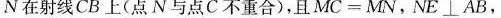
N在射线CB上(点N与点C不重合)，且$$M C = M N$$，$$N E \bot A B$$，